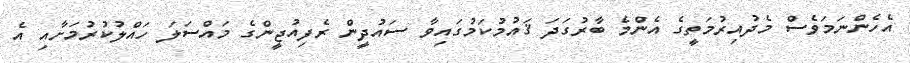
އެހެންނަމަވެސް މެދުއިރުމަތީގެ އެންމެ ބާރުގަދަ ޤައުމުކަމުގައިވާ ސައުދީން ރެފިއުޖީންގެ މައްސަލަ ހައްލުކުރުމަށާއި އެ